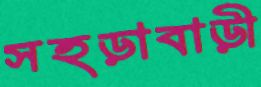
সহড়াবাড়ী